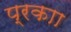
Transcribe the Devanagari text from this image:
प्रकाा